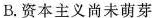
B.资本主义尚未萌芽